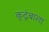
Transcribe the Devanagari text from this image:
कुटूंबाला